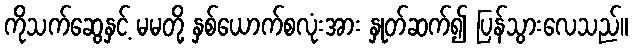
ကိုသက်ဆွေနှင့် မမတို့ နှစ်ယောက်စလုံးအား နှုတ်ဆက်၍ ပြန်သွားလေသည်။